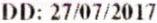
DD: 27/07/2017